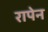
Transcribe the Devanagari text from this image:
रापेन